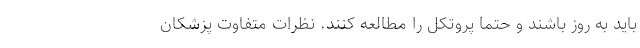
باید به روز باشند و حتما پروتکل را مطالعه کنند. نظرات متفاوت پزشکان